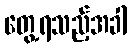
တွေ့ရသည့်အခါ